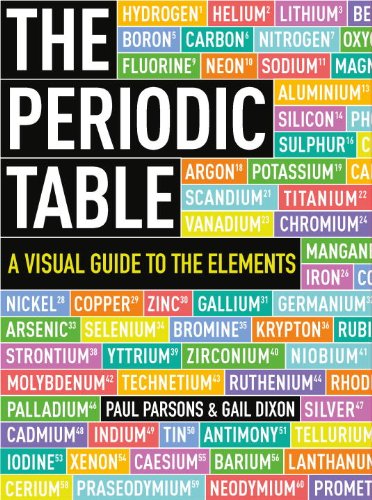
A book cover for The Periodic Table: A Visual Guide to the Elements; Paul Parsons; Science & Math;